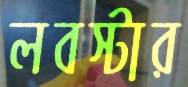
লবস্টার